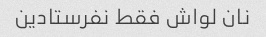
نان لواش فقط نفرستادین